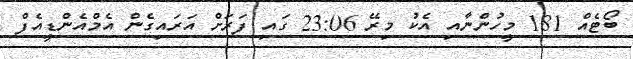
ބޯޓެއް 181 މީހުންނާއި އެކު މިރޭ 23:06 ގައި ފަރަށް އަރައިގެން އެމްއެންޑީއެފް